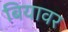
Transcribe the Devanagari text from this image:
बियावर